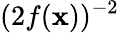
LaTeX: (2f(\mathbf{x}))^{-2}